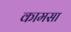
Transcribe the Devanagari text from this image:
कामसा